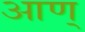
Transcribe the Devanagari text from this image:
आण्